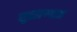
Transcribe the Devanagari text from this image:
सुब्रह्मण्याम